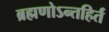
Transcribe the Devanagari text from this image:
ब्रह्मणोऽन्तहिर्तं